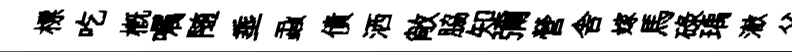
標吃槪嘱随埀蝨債洒敞脇知彌營舎嫁馬碌瑀澈父